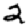
Digit: 2